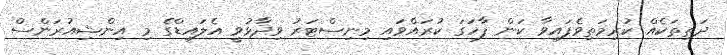
ދަތިތަކެއް ކުރިމަތިވެފައިވާ ކަން ފާހަގަ ކުރައްވައި މިނިސްޓަރު ވިދާޅުވީ އެލައިޑްގެ މި އިންޝިއުރަންސް